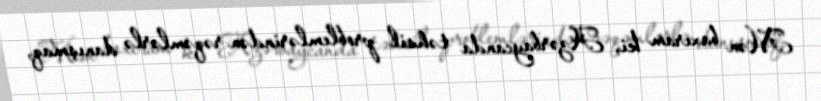
Mən baxıram ki, Azərbaycanda təhsil problemlərindən rəqəmlərlə danışmaq,